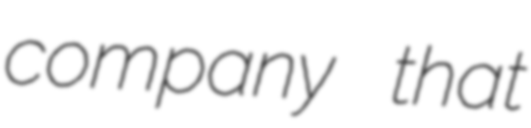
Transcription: company that